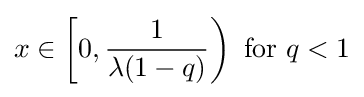
x\in \left[0,{\frac {1}{\lambda (1-q)}}\right){\text{ for }}q<1